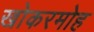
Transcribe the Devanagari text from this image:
खोकरमोह